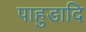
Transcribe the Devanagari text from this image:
पाहुडादि